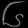
Digit: ၆